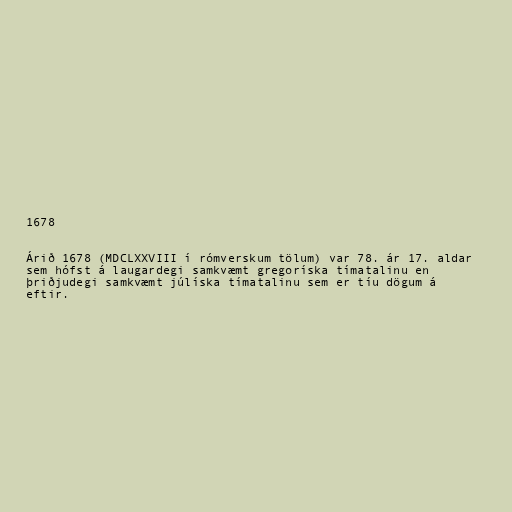
1678

Árið 1678 (MDCLXXVIII í rómverskum tölum) var 78. ár 17. aldar
sem hófst á laugardegi samkvæmt gregoríska tímatalinu en
þriðjudegi samkvæmt júlíska tímatalinu sem er tíu dögum á
eftir.